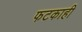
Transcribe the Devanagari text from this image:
फटकाही